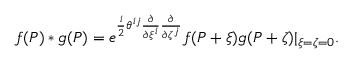
f ( P ) * g ( P ) = e ^ { \frac { i } { 2 } \theta ^ { i j } \frac { \partial } { \partial \xi ^ { i } } \frac { \partial } { \partial \zeta ^ { j } } } f ( P + \xi ) g ( P + \zeta ) | _ { \xi = \zeta = 0 } .